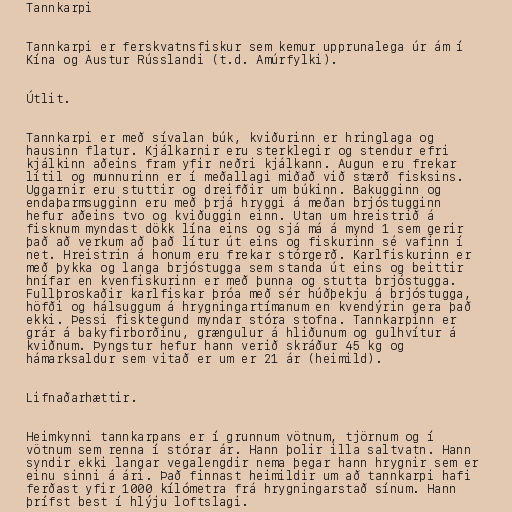
Tannkarpi

Tannkarpi er ferskvatnsfiskur sem kemur upprunalega úr ám í
Kína og Austur Rússlandi (t.d. Amúrfylki).

Útlit.

Tannkarpi er með sívalan búk, kviðurinn er hringlaga og
hausinn flatur. Kjálkarnir eru sterklegir og stendur efri
kjálkinn aðeins fram yfir neðri kjálkann. Augun eru frekar
lítil og munnurinn er í meðallagi miðað við stærð fisksins.
Uggarnir eru stuttir og dreifðir um búkinn. Bakugginn og
endaþarmsugginn eru með þrjá hryggi á meðan brjóstugginn
hefur aðeins tvo og kviðuggin einn. Utan um hreistrið á
fisknum myndast dökk lína eins og sjá má á mynd 1 sem gerir
það að verkum að það lítur út eins og fiskurinn sé vafinn í
net. Hreistrin á honum eru frekar stórgerð. Karlfiskurinn er
með þykka og langa brjóstugga sem standa út eins og beittir
hnífar en kvenfiskurinn er með þunna og stutta brjóstugga.
Fullþroskaðir karlfiskar þróa með sér húðþekju á brjóstugga,
höfði og hálsuggum á hrygningartímanum en kvendýrin gera það
ekki. Þessi fisktegund myndar stóra stofna. Tannkarpinn er
grár á bakyfirborðinu, grængulur á hliðunum og gulhvítur á
kviðnum. Þyngstur hefur hann verið skráður 45 kg og
hámarksaldur sem vitað er um er 21 ár (heimild).

Lifnaðarhættir.

Heimkynni tannkarpans er í grunnum vötnum, tjörnum og í
vötnum sem renna í stórar ár. Hann þolir illa saltvatn. Hann
syndir ekki langar vegalengdir nema þegar hann hrygnir sem er
einu sinni á ári. Það finnast heimildir um að tannkarpi hafi
ferðast yfir 1000 kílómetra frá hrygningarstað sínum. Hann
þrífst best í hlýju loftslagi.